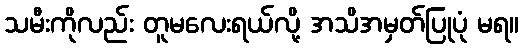
သမီးကိုလည်း တူမလေးရယ်လို့ အသိအမှတ်ပြုပုံ မရ။